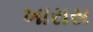
ખારાસ